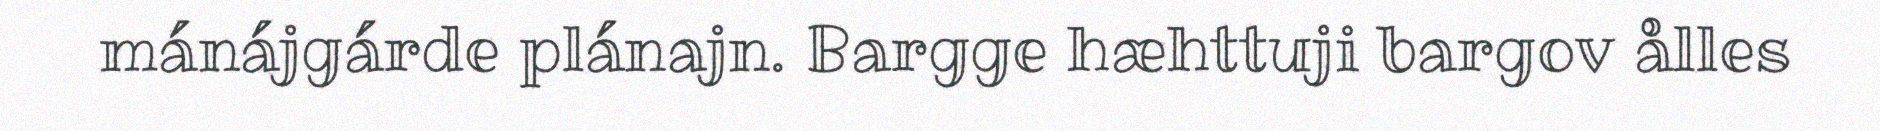
mánájgárde plánajn. Bargge hæhttuji bargov ålles